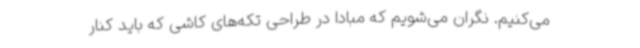
می‌کنیم. نگران می‌شویم که مبادا در طراحی تکه‌های کاشی که باید کنار